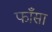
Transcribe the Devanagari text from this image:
फाँसा